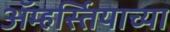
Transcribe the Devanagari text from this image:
ॲम्हर्स्तियाच्या